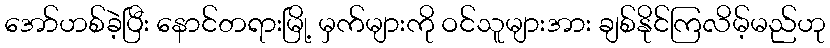
အော်ဟစ်ခဲ့ပြီး နောင်တရားမြို့ မှက်များကို ဝင်သူများအား ချစ်နိုင်ကြလိမ့်မည်ဟု